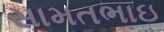
સામતભાઇ